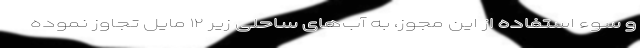
و سوء استفاده از این مجوز، به آب‌های ساحلی زیر ۱۲ مایل تجاوز نموده